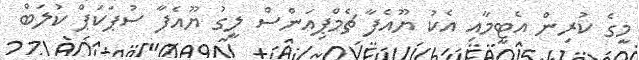
މީގެ ކުރިން އެޓީމާއި އެކު ޔޫއެފާ ޗެމްޕިއަންސް ލީގު ޔޫއެފާ ސުޕަކަޕް ކުލަބް